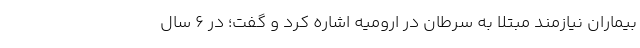
بیماران نیازمند مبتلا به سرطان در ارومیه اشاره کرد و گفت؛ در 6 سال